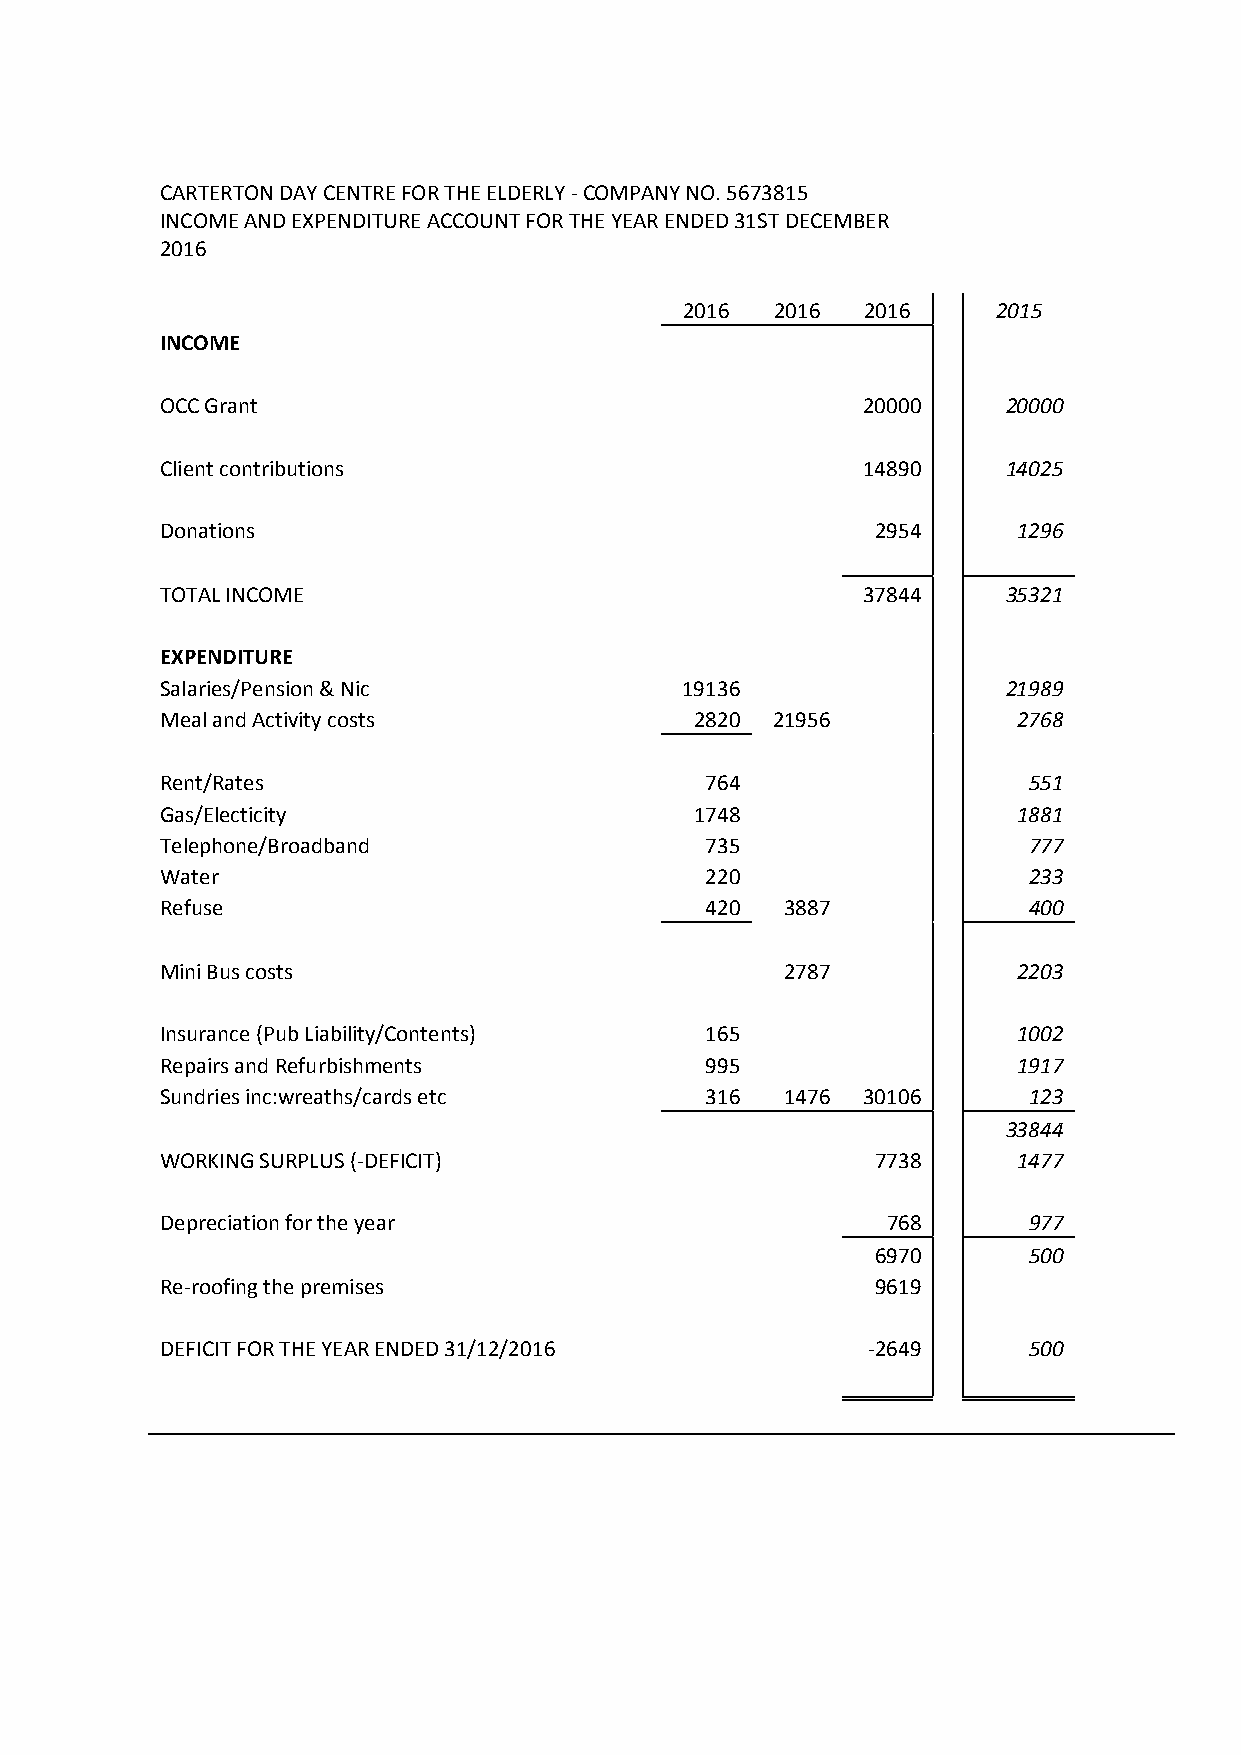
CARTERTON DAY CENTRE FOR THE ELDERLY - COMPANY NO. 5673815
 INCOME AND EXPENDITURE ACCOUNT FOR THE YEAR ENDED 31ST DECEMBER
 2016
 2016  2016  2016     2015
 INCOME
 OCC Grant                                     20000     20000
 Client contributions                          14890     14025
 Donations                                      2954     1296
 TOTAL INCOME                                  37844     35321
 EXPENDITURE
 Salaries/Pension & Nic            19136                 21989
 Meal and Activity costs            2820 21956           2768
 Rent/Rates                          764                  551
 Gas/Electicity                     1748                 1881
 Telephone/Broadband                 735                  777
 Water                               220                  233
 Refuse                              420  3887            400
 Mini Bus costs                           2787           2203
 Insurance (Pub Liability/Contents)  165                 1002
 Repairs and Refurbishments          995                 1917
 Sundries inc:wreaths/cards etc      316  1476 30106      123
 33844
 WORKING SURPLUS (-DEFICIT)                     7738     1477
 Depreciation for the year                       768      977
 6970      500
 Re-roofing the premises                        9619
 DEFICIT FOR THE YEAR ENDED 31/12/2016         -2649      500